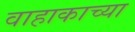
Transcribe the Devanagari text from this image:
वाहाकाच्या